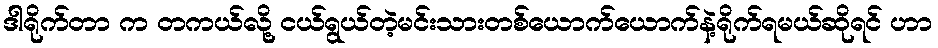
ဒါရိုက်တာ က တကယ်လို့ ငယ်ရွယ်တဲ့မင်းသားတစ်ယောက်ယောက်နဲ့ရိုက်ရမယ်ဆိုရင် ဟာ